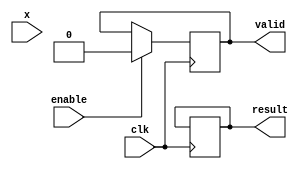
module cordic_reciprocal #(
    parameter WIDTH = 16,          // Bit-width for input and output
    parameter ITERATIONS = 16      // Number of CORDIC iterations
)(
    input wire clk,
    input wire enable,
    input wire [WIDTH-1:0] x,      // Input value
    output reg [WIDTH-1:0] result,  // Reciprocal result
    output reg valid                // Output valid flag
);

    // Internal signals
    reg [WIDTH-1:0] z;              // Current approximation
    reg [WIDTH-1:0] angle;          // Angle for CORDIC iterations
    reg [3:0] count;                // Iteration counter
    reg [WIDTH-1:0] scale;          // Scaling factor
    reg [WIDTH-1:0] x_shift;        // Shifted input value
    reg [WIDTH-1:0] y_shift;        // Shifted output value

    // Pre-calculated scaling factor for CORDIC
    initial begin
        scale = 16'h1A8A; // Example scaling factor for 16-bit precision
    end

    // CORDIC rotation angles (in fixed-point representation)
    reg [WIDTH-1:0] angles [0:ITERATIONS-1];
    initial begin
        angles[0] = 16'h1C71; // atan(2^-0)
        angles[1] = 16'h1B7D; // atan(2^-1)
        angles[2] = 16'h1A8A; // atan(2^-2)
        angles[3] = 16'h19B7; // atan(2^-3)
        angles[4] = 16'h18F5; // atan(2^-4)
        angles[5] = 16'h1848; // atan(2^-5)
        angles[6] = 16'h179A; // atan(2^-6)
        angles[7] = 16'h16E0; // atan(2^-7)
        angles[8] = 16'h1633; // atan(2^-8)
        angles[9] = 16'h1589; // atan(2^-9)
        angles[10] = 16'h14E2; // atan(2^-10)
        angles[11] = 16'h1440; // atan(2^-11)
        angles[12] = 16'h13A1; // atan(2^-12)
        angles[13] = 16'h1305; // atan(2^-13)
        angles[14] = 16'h126C; // atan(2^-14)
        angles[15] = 16'h11D5; // atan(2^-15)
    end

    // Control logic
    always @(posedge clk) begin
        if (enable) begin
            // Initialize values for the first iteration
            z <= x;
            y_shift <= 0;
            count <= 0;
            valid <= 0;
        end else if (count < ITERATIONS) begin
            // CORDIC iteration
            if (z[WIDTH-1]) begin
                z <= z + (y_shift >>> count);
                y_shift <= y_shift - (z >>> count);
            end else begin
                z <= z - (y_shift >>> count);
                y_shift <= y_shift + (z >>> count);
            end
            count <= count + 1;
        end else if (count == ITERATIONS) begin
            // Final result calculation
            result <= (y_shift * scale) >>> (WIDTH - 1);
            valid <= 1; // Signal that result is valid
        end
    end

endmodule